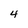
Character: 4